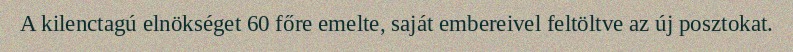
A kilenctagú elnökséget 60 főre emelte, saját embereivel feltöltve az új posztokat.